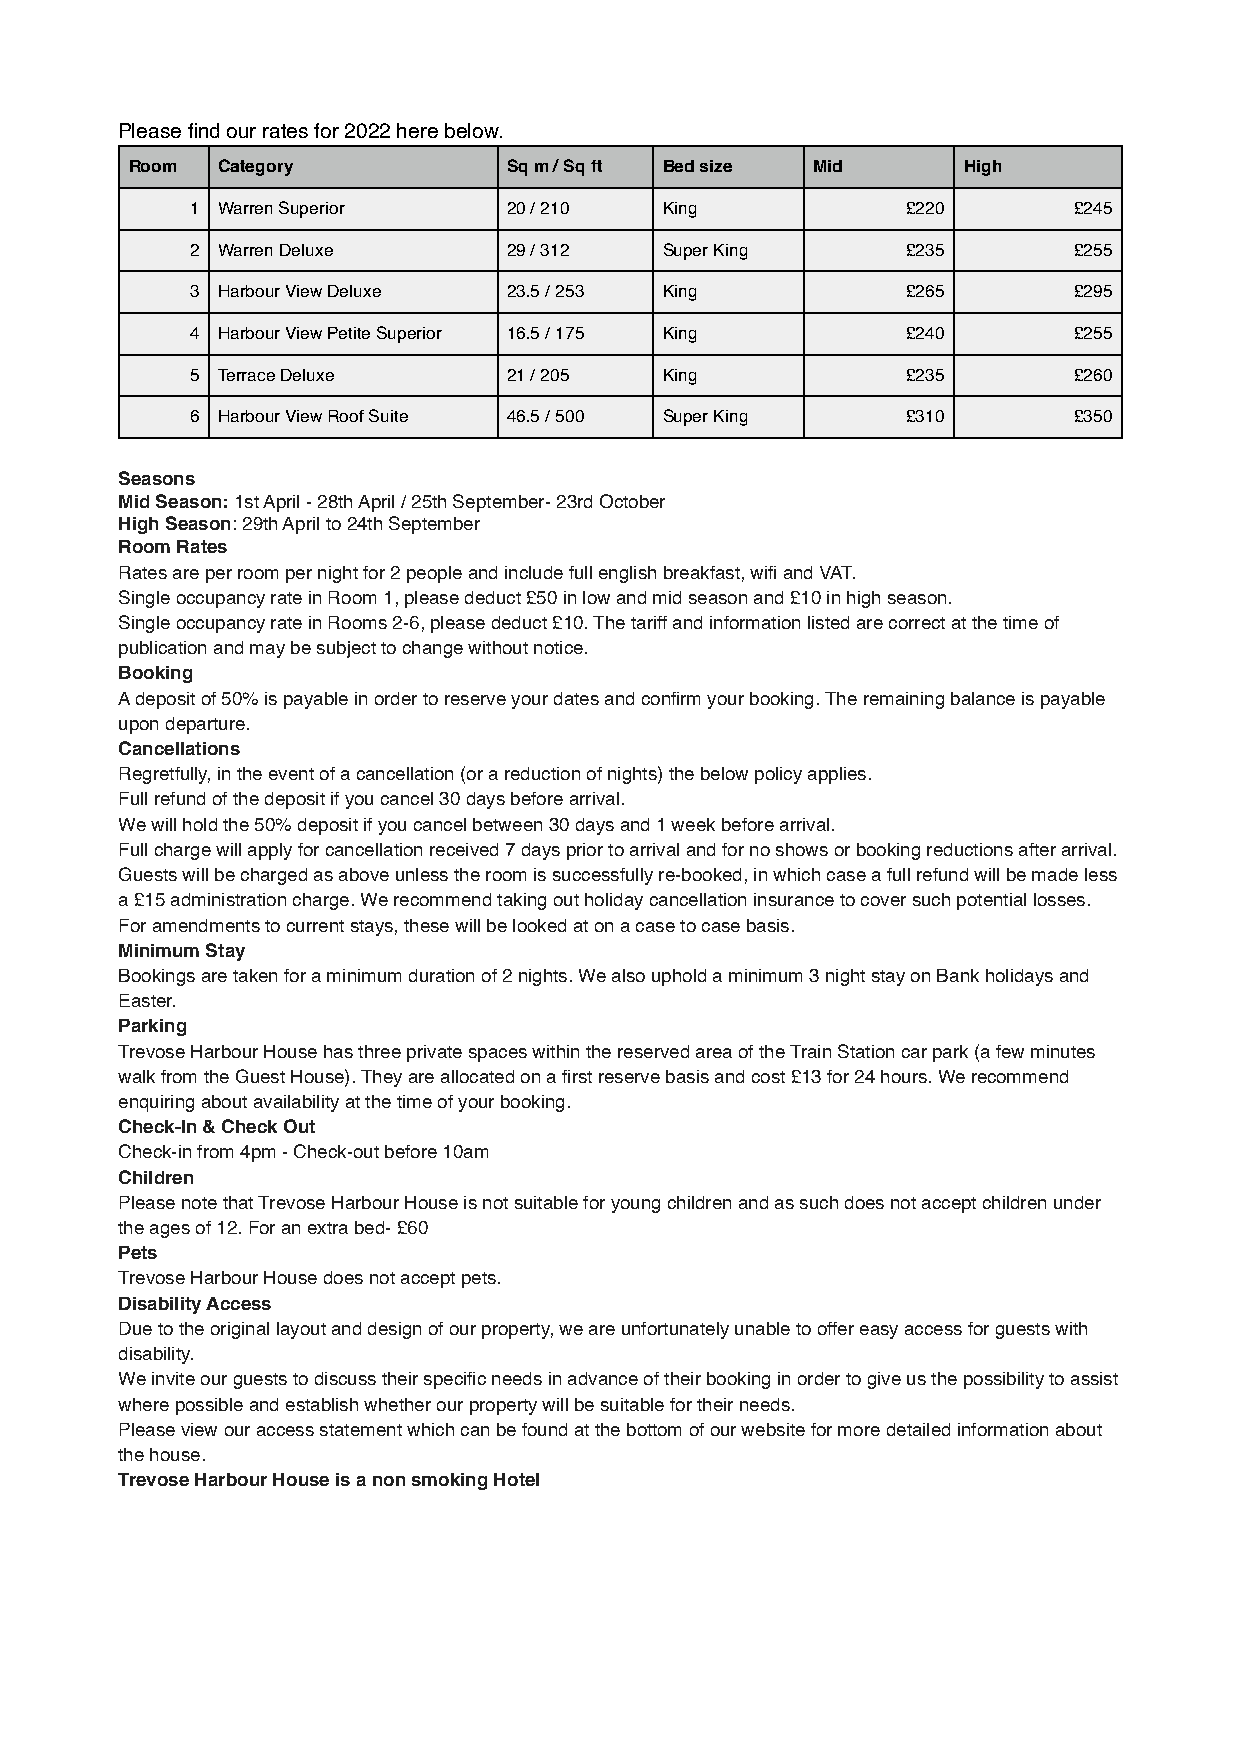
Please find our rates for 2022 here below.
 Room Category            Sq m / Sq ft Bed size Mid     High
 1 Warren Superior    20 / 210  King            £220       £245
 2 Warren Deluxe      29 / 312  Super King      £235       £255
 3 Harbour View Deluxe 23.5 / 253 King          £265       £295
 4 Harbour View Petite Superior 16.5 / 175 King £240       £255
 5 Terrace Deluxe     21 / 205  King            £235       £260
 6 Harbour View Roof Suite 46.5 / 500 Super King £310      £350
 Seasons
 Mid Season: 1st April - 28th April / 25th September- 23rd October
 High Season: 29th April to 24th September
 Room Rates
 Rates are per room per night for 2 people and include full english breakfast, wifi and VAT.
 Single occupancy rate in Room 1, please deduct £50 in low and mid season and £10 in high season.
 Single occupancy rate in Rooms 2-6, please deduct £10. The tariff and information listed are correct at the time of
 publication and may be subject to change without notice.
 Booking
 A deposit of 50% is payable in order to reserve your dates and confirm your booking. The remaining balance is payable
 upon departure.
 Cancellations
 Regretfully, in the event of a cancellation (or a reduction of nights) the below policy applies.
 Full refund of the deposit if you cancel 30 days before arrival.
 We will hold the 50% deposit if you cancel between 30 days and 1 week before arrival.
 Full charge will apply for cancellation received 7 days prior to arrival and for no shows or booking reductions after arrival.
 Guests will be charged as above unless the room is successfully re-booked, in which case a full refund will be made less
 a £15 administration charge. We recommend taking out holiday cancellation insurance to cover such potential losses.
 For amendments to current stays, these will be looked at on a case to case basis.
 Minimum Stay
 Bookings are taken for a minimum duration of 2 nights. We also uphold a minimum 3 night stay on Bank holidays and
 Easter.
 Parking
 Trevose Harbour House has three private spaces within the reserved area of the Train Station car park (a few minutes
 walk from the Guest House). They are allocated on a first reserve basis and cost £13 for 24 hours. We recommend
 enquiring about availability at the time of your booking.
 Check-In & Check Out
 Check-in from 4pm - Check-out before 10am
 Children
 Please note that Trevose Harbour House is not suitable for young children and as such does not accept children under
 the ages of 12. For an extra bed- £60
 Pets
 Trevose Harbour House does not accept pets.
 Disability Access
 Due to the original layout and design of our property, we are unfortunately unable to offer easy access for guests with
 disability.
 We invite our guests to discuss their specific needs in advance of their booking in order to give us the possibility to assist
 where possible and establish whether our property will be suitable for their needs.
 Please view our access statement which can be found at the bottom of our website for more detailed information about
 the house.
 Trevose Harbour House is a non smoking Hotel